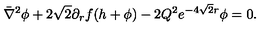
\bar { \nabla } ^ { 2 } \phi + 2 \sqrt 2 \partial _ { r } f ( h + \phi ) - 2 Q ^ { 2 } e ^ { - 4 \sqrt 2 r } \phi = 0 .